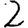
Digit: 2